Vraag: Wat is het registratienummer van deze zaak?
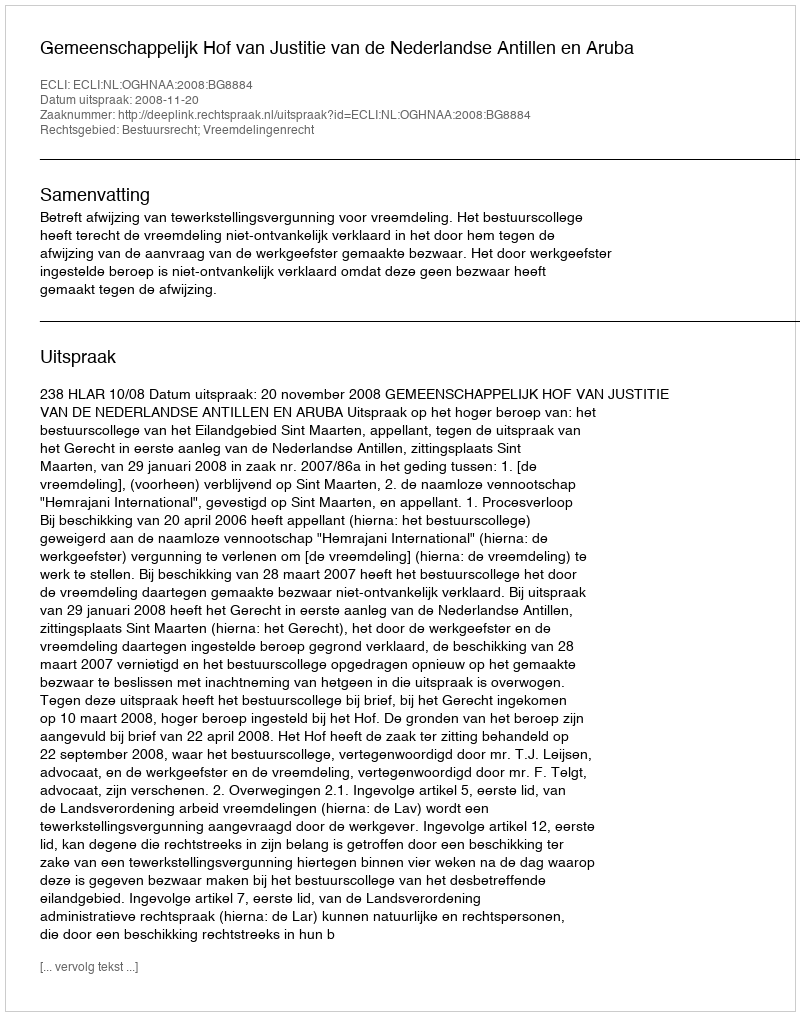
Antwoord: http://deeplink.rechtspraak.nl/uitspraak?id=ECLI:NL:OGHNAA:2008:BG8884